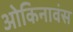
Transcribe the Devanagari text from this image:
ओकिनावंस